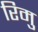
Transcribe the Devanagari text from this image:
रिमु